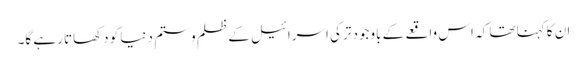
ان کا کہنا تھا کہ اس واقعے کے باوجود ترکی اسرائیل کے ظلم و ستم دنیا کو دکھاتا رہے گا۔